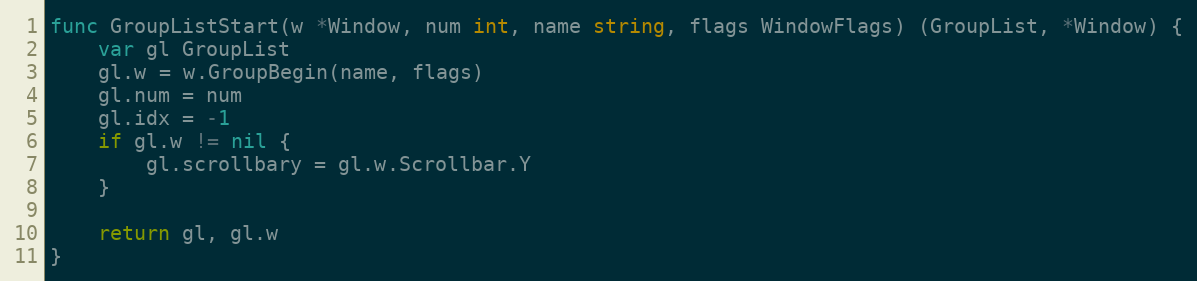
Language: Go
func GroupListStart(w *Window, num int, name string, flags WindowFlags) (GroupList, *Window) {
	var gl GroupList
	gl.w = w.GroupBegin(name, flags)
	gl.num = num
	gl.idx = -1
	if gl.w != nil {
		gl.scrollbary = gl.w.Scrollbar.Y
	}

	return gl, gl.w
}